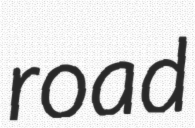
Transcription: road